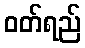
ဝတ်ရည်